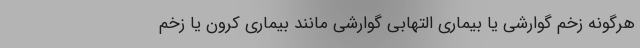
هرگونه زخم گوارشی یا بیماری التهابی گوارشی مانند بیماری کرون یا زخم